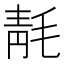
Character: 𰚞